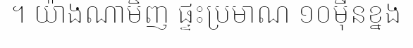
។ យ៉ាងណាមិញ ផ្ទះប្រមាណ ១០ម៉ឺនខ្នង